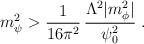
\begin{align*}m_{\psi}^2 > \frac{1}{16\pi^2}\, \frac{\Lambda^2 |m_{\phi}^2|}{\psi_0^2} \;.\end{align*}